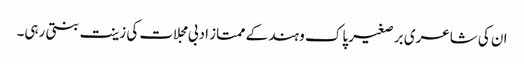
ان کی شاعری بر صغیر پاک و ہند کے ممتاز ادبی مجلات کی زینت بنتی رہی۔